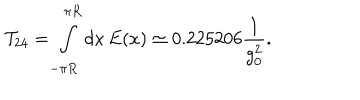
{ \cal T } _ { 2 4 } = \int _ { - \pi R } ^ { \pi R } d x \, E ( x ) \simeq 0 . 2 2 5 2 0 6 \frac { 1 } { g _ { 0 } ^ { 2 } } .